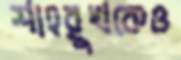
শাহরুখকেও